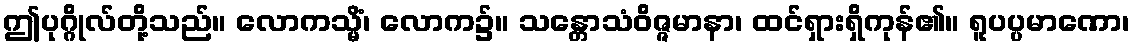
ဤပုဂ္ဂိုလ်တို့သည်။ လောကသ္မိံ၊ လောက၌။ သန္တောသံဝိဇ္ဇမာနာ၊ ထင်ရှားရှိကုန်၏။ ရူပပ္ပမာဏော၊